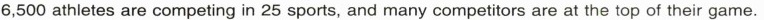
6,500 athletes are competing in 25 sports, and many competitors are at the top of their game.